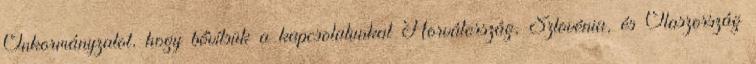
Önkormányzatot, hogy bővítsük a kapcsolatunkat Horvátország, Szlovénia, és Olaszország